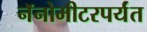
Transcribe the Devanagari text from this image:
नॅनोमीटरपर्यंत